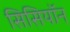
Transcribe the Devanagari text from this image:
सिसियॉन